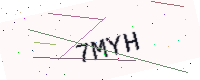
Text: 7MYH